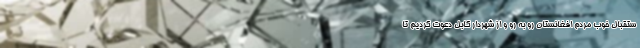
ستقبال خوب مردم افغانستان رو به رو و از شهردار کابل دعوت کردیم تا